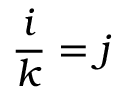
{ \frac { i } { k } } = j